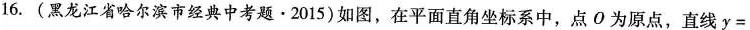
16.(黑龙江省哈尔滨市经典中考题·2015)如图，在平面直角坐标系中，点O为原点，直线y=